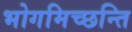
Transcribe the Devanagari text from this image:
भोगमिच्छन्ति